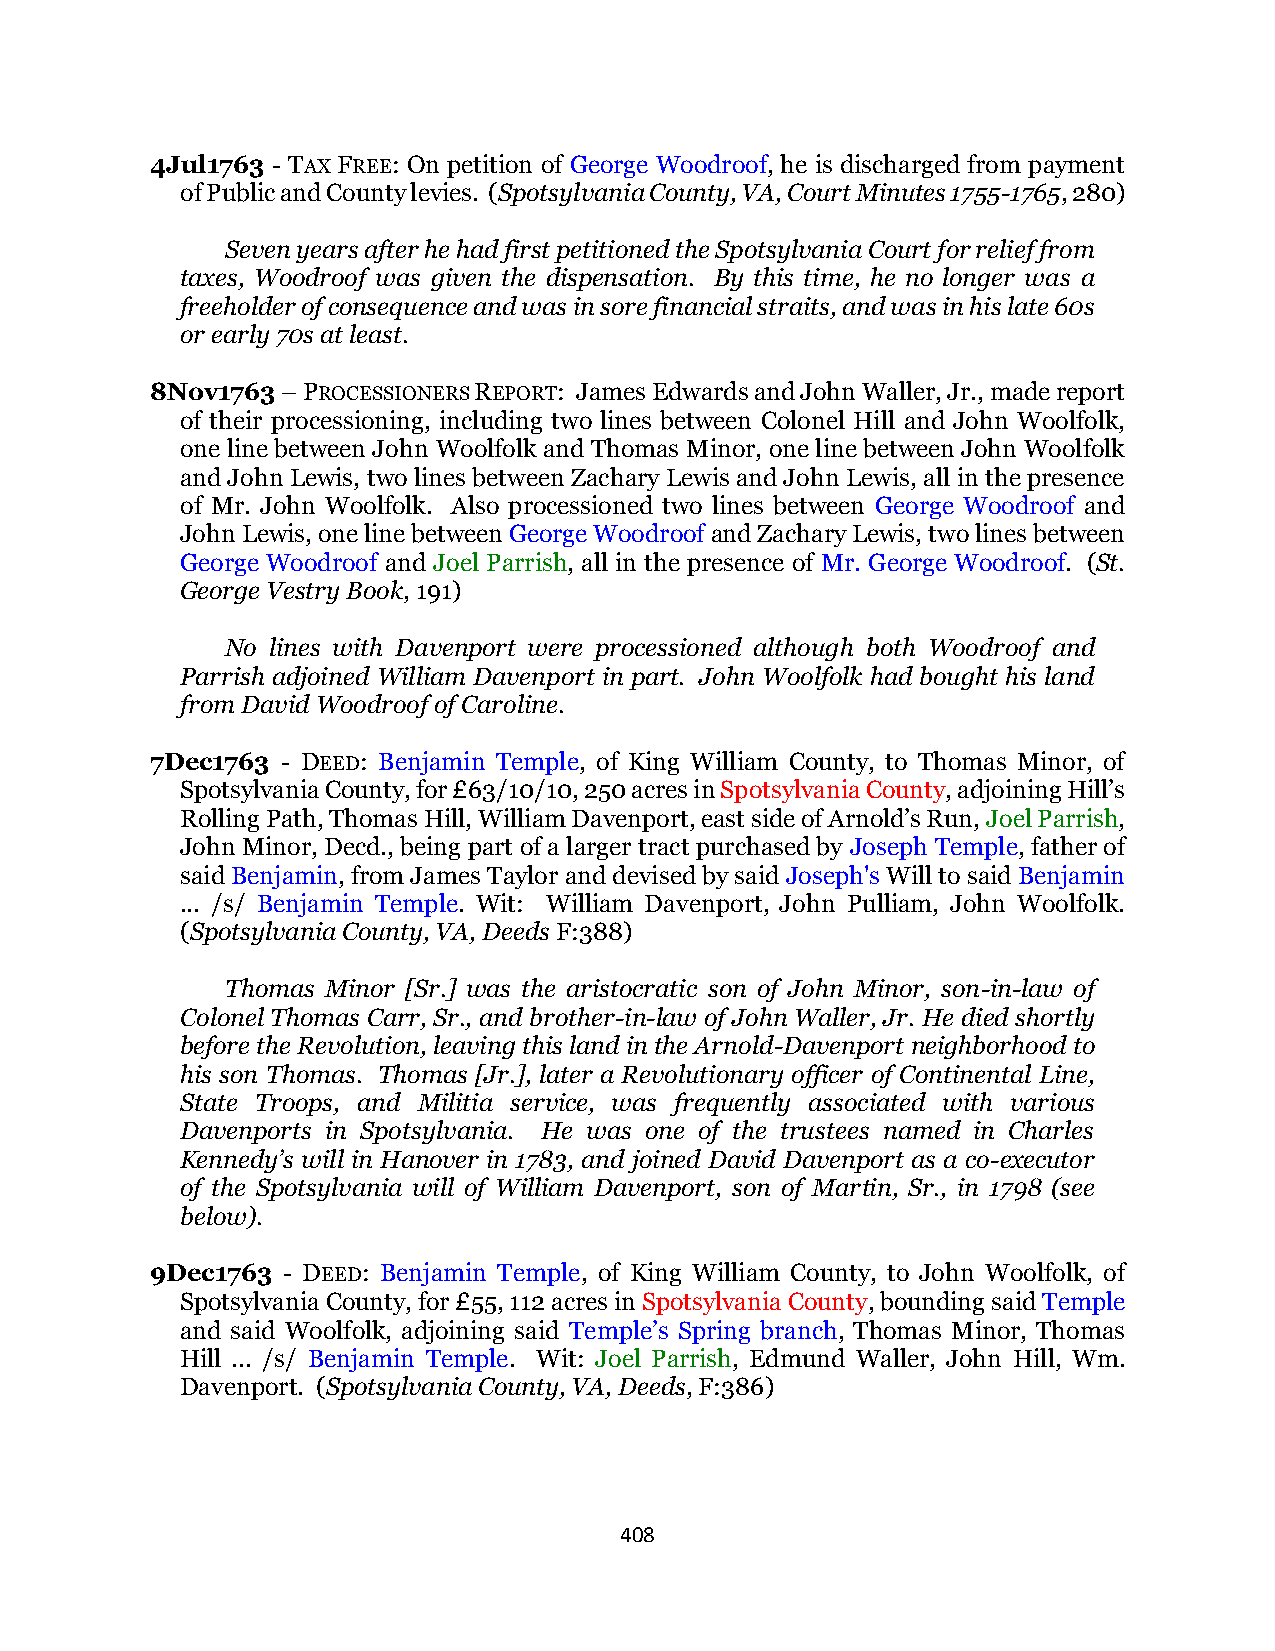
4Jul1763 - TAX FREE: On petition of George Woodroof, he is discharged from payment
 of Public and County levies. (Spotsylvania County, VA, Court Minutes 1755-1765, 280)
 Seven years after he had first petitioned the Spotsylvania Court for relief from
 taxes, Woodroof was given the dispensation. By this time, he no longer was a
 freeholder of consequence and was in sore financial straits, and was in his late 60s
 or early 70s at least.
 8Nov1763 – PROCESSIONERS REPORT: James Edwards and John Waller, Jr., made report
 of their processioning, including two lines between Colonel Hill and John Woolfolk,
 one line between John Woolfolk and Thomas Minor, one line between John Woolfolk
 and John Lewis, two lines between Zachary Lewis and John Lewis, all in the presence
 of Mr. John Woolfolk. Also processioned two lines between George Woodroof and
 John Lewis, one line between George Woodroof and Zachary Lewis, two lines between
 George Woodroof and Joel Parrish, all in the presence of Mr. George Woodroof. (St.
 George Vestry Book, 191)
 No lines with Davenport were processioned although both Woodroof and
 Parrish adjoined William Davenport in part. John Woolfolk had bought his land
 from David Woodroof of Caroline.
 7Dec1763 - DEED: Benjamin Temple, of King William County, to Thomas Minor, of
 Spotsylvania County, for £63/10/10, 250 acres in Spotsylvania County, adjoining Hill’s
 Rolling Path, Thomas Hill, William Davenport, east side of Arnold’s Run, Joel Parrish,
 John Minor, Decd., being part of a larger tract purchased by Joseph Temple, father of
 said Benjamin, from James Taylor and devised by said Joseph's Will to said Benjamin
 ... /s/ Benjamin Temple. Wit: William Davenport, John Pulliam, John Woolfolk.
 (Spotsylvania County, VA, Deeds F:388)
 Thomas Minor [Sr.] was the aristocratic son of John Minor, son-in-law of
 Colonel Thomas Carr, Sr., and brother-in-law of John Waller, Jr. He died shortly
 before the Revolution, leaving this land in the Arnold-Davenport neighborhood to
 his son Thomas. Thomas [Jr.], later a Revolutionary officer of Continental Line,
 State Troops, and Militia service, was frequently associated with various
 Davenports in Spotsylvania. He was one of the trustees named in Charles
 Kennedy’s will in Hanover in 1783, and joined David Davenport as a co-executor
 of the Spotsylvania will of William Davenport, son of Martin, Sr., in 1798 (see
 below).
 9Dec1763 - DEED: Benjamin Temple, of King William County, to John Woolfolk, of
 Spotsylvania County, for £55, 112 acres in Spotsylvania County, bounding said Temple
 and said Woolfolk, adjoining said Temple’s Spring branch, Thomas Minor, Thomas
 Hill ... /s/ Benjamin Temple. Wit: Joel Parrish, Edmund Waller, John Hill, Wm.
 Davenport. (Spotsylvania County, VA, Deeds, F:386)
 408